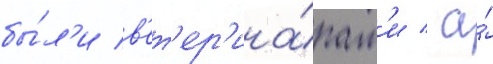
бы́л'и в'ет'ер'ина́рам'и / а́